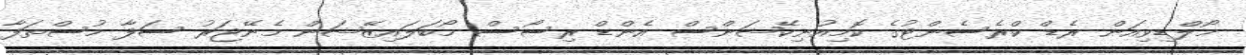
މޯލްޑިވިއަން ރެޑް ކްރެސެންޓުގެ ކޮމިއުނިކޭޝަންސް އެންޑް ރިސޯސް މޯބަލައިޒޭޝަން މެނޭޖަރު ސަފާ މުސްތަފާ